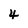
Character: 4